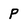
Character: P